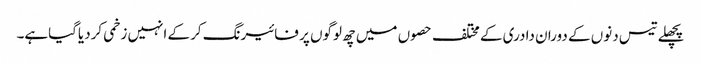
پچھلے تیس دنوں کے دوران دادری کے مختلف حصوں میں چھ لوگوں پر فائیرنگ کرکے انہیں زخمی کردیاگیاہے۔